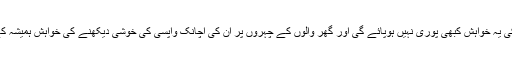
تاہم انھیں علم نہیں تھا کہ ان کی یہ خواہش کبھی پوری نہیں ہوپائے گی اور گھر والوں کے چہروں پر ان کی اچانک واپسی کی خوشی دیکھنے کی خواہش ہمیشہ کے لیے ادھوری رہ جائے گی۔